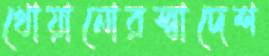
খোয়ানোরস্বাদেশ